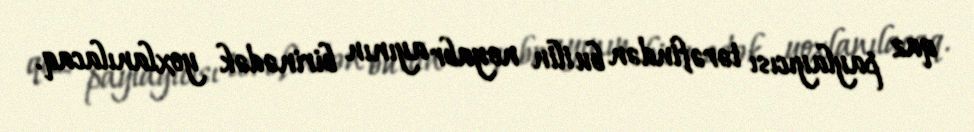
qaz paylayıcısı tərəfindən bu ilin noyabr ayının birinədək yoxlanılacaq.